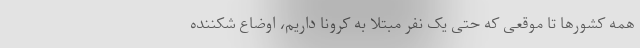
همه کشورها تا موقعی که حتی یک نفر مبتلا به کرونا داریم، اوضاع شکننده